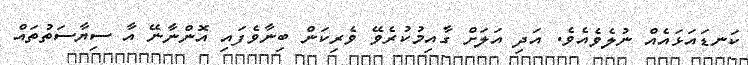
ކަނޑައަޅައެއް ނުލެވެއެވެ. އަދި އަލަށް ގާއިމުކުރެވޭ ވެރިކަން ބިނާވެފައި އޮންނާނޭ އާ ސިޔާސަތުތައް